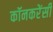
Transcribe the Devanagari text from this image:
कॉनकरेंसी